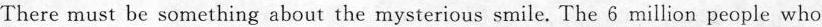
There must be something about the mysterious smile. The 6 million people who